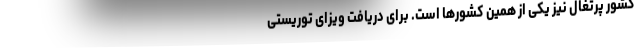
کشور پرتغال نیز یکی از همین کشورها است. برای دریافت ویزای توریستی